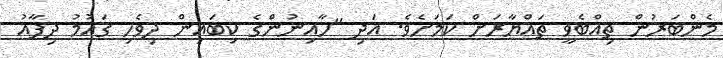
މެންބަރުން ތިއްބެވީ ތައްޔާރަށް ކަމަށެވެ. އަދި "ހާއިނުންގެ ކިބައިން ދިވެހި ގައުމު ދިފާއު